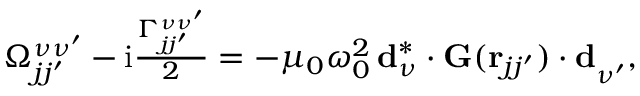
\begin{array} { r } { \Omega _ { j j ^ { \prime } } ^ { \nu \nu ^ { \prime } } - \mathrm { i } \frac { \Gamma _ { j j ^ { \prime } } ^ { \nu \nu ^ { \prime } } } { 2 } = - \mu _ { 0 } \omega _ { 0 } ^ { 2 } \, \mathbf { d } _ { \nu } ^ { * } \cdot \mathbf { G } ( \mathbf { r } _ { j j ^ { \prime } } ) \cdot \mathbf { d } _ { \nu ^ { \prime } } ^ { \phantom { * } } , } \end{array}